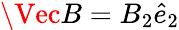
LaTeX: \Vec{B}=B_{2}\hat{e}_{2}